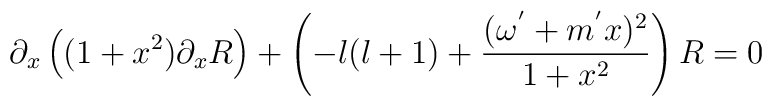
\partial_x\left((1+x^2)\partial_x R\right)+\left(-l(l+1)+\frac{(\omega^{'}+m^{'} x)^2}{1+x^2}\right)R=0